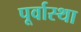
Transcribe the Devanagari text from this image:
पूर्वास्था